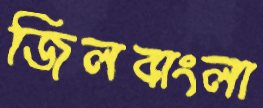
জিলবাংলা